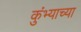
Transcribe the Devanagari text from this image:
कुंभ्याच्या